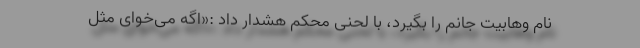
نام وهابیت جانم را بگیرد، با لحنی محکم هشدار داد :«اگه می‌خوای مثل